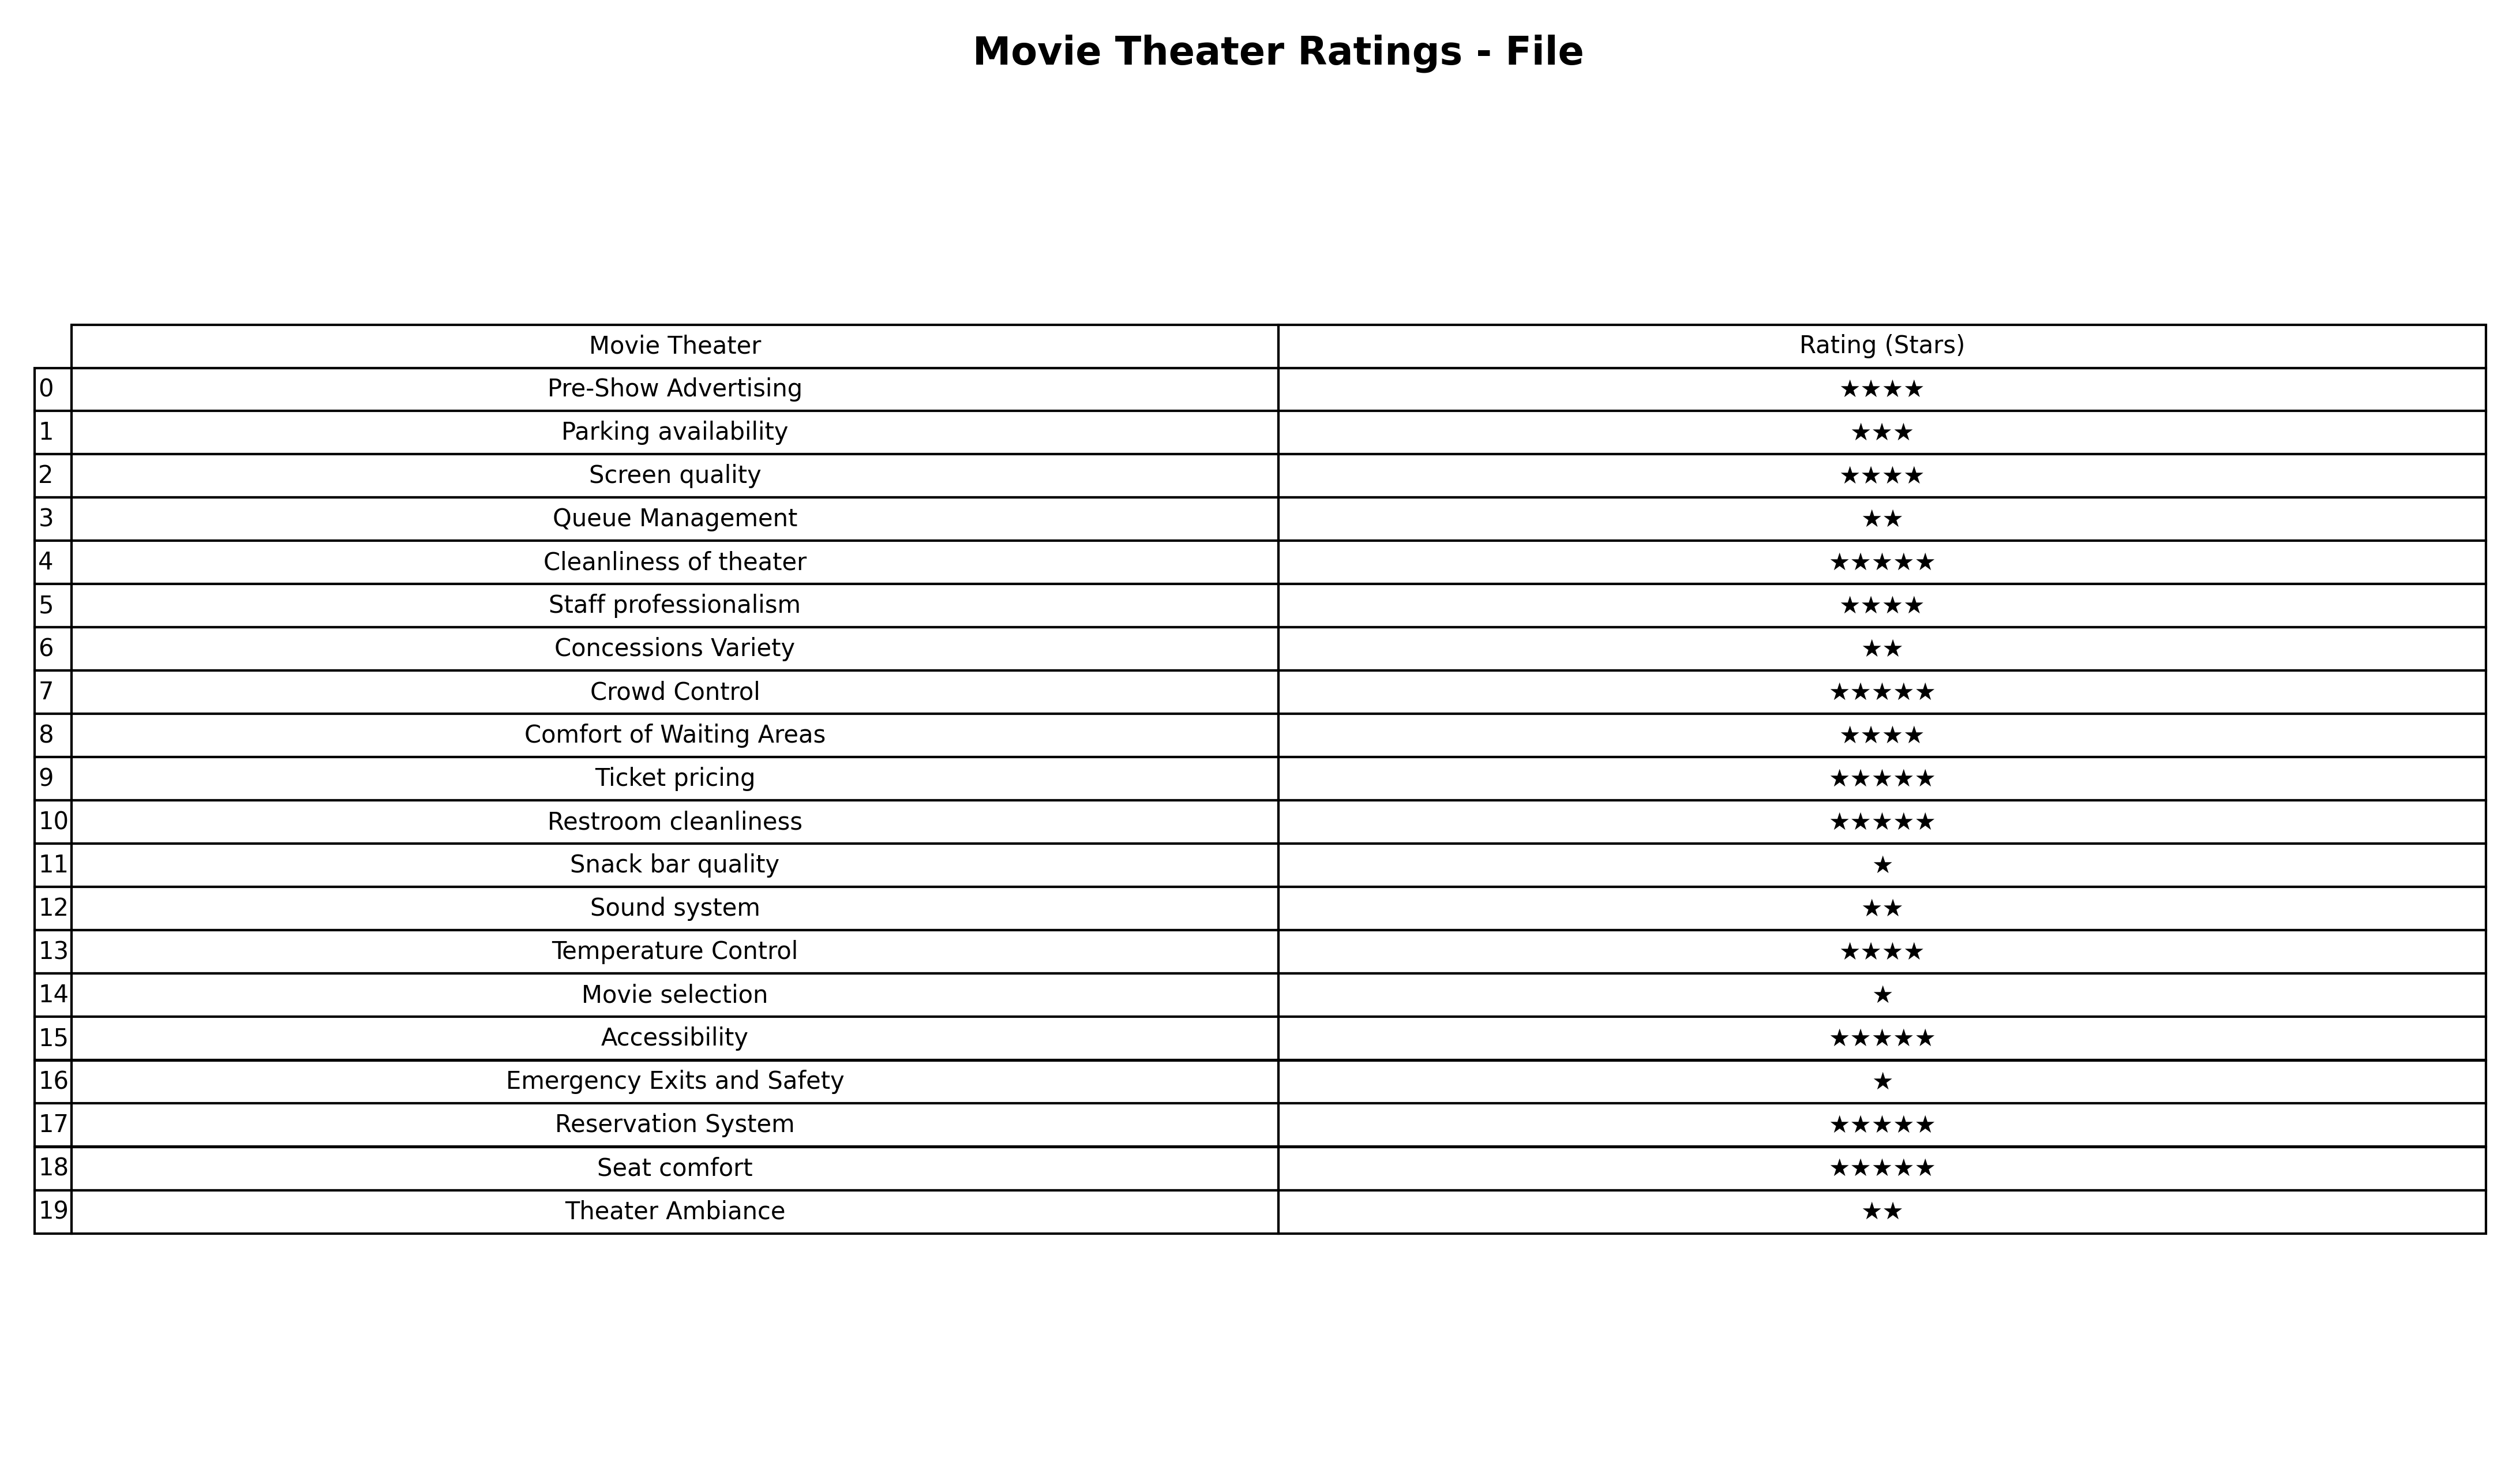
question: What are lowest rating services?
answer: Parking availability